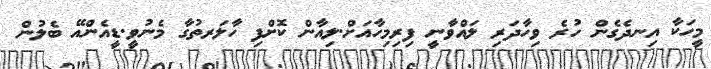
މީހަކާ އިނދެގެން ހުރެ ވިހާދަރި ލައްވާނީ ފިރިމިހާއަށް.ލިއާން ކޮށްފި ހާލަރތުގާ މެނުވީ.ޑީއެންއޭ ބެލުން